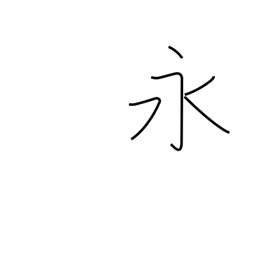
Meaning: long